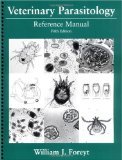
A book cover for Veterinary Parasitology: Reference Manual 5th Edition by Foreyt, William J. [Spiral-bound]; William.. Foreyt; Medical Books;